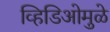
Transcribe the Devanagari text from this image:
व्हिडिओमुळे